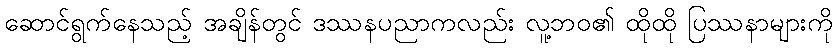
ဆောင်ရွက်နေသည့် အချိန်တွင် ဒဿနပညာကလည်း လူ့ဘဝ၏ ထိုထို ပြဿနာများကို